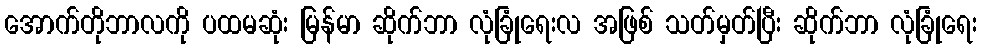
အောက်တိုဘာလကို ပထမဆုံး မြန်မာ ဆိုက်ဘာ လုံခြုံရေးလ အဖြစ် သတ်မှတ်ပြီး ဆိုက်ဘာ လုံခြုံရေး